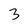
Character: 3